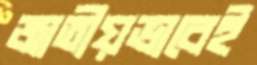
জাতীয়ভাবেই